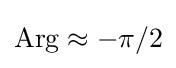
\operatorname {Arg} \approx -\pi /2